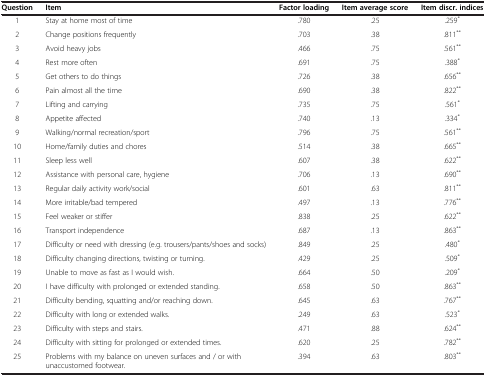
| Question | Item | Factor loading | Item average score | Item discr. indices |
 | --- | --- | --- | --- | --- |
 | 1 | Stay at home most of time | .780 | .25 | .259* |
 | 2 | Change positions frequently | .703 | .38 | .811** |
 | 3 | Avoid heavy jobs | .466 | .75 | .561** |
 | 4 | Rest more often | .691 | .75 | .388* |
 | 5 | Get others to do things | .726 | .38 | .656** |
 | 6 | Pain almost all the time | .690 | .38 | .822** |
 | 7 | Lifting and carrying | .735 | .75 | .561* |
 | 8 | Appetite affected | .740 | .13 | .334* |
 | 9 | Walking/normal recreation/sport | .796 | .75 | .561** |
 | 10 | Home/family duties and chores | .514 | .38 | .665** |
 | 11 | Sleep less well | .607 | .38 | .622** |
 | 12 | Assistance with personal care, hygiene | .706 | .13 | .690** |
 | 13 | Regular daily activity work/social | .601 | .63 | .811** |
 | 14 | More irritable/bad tempered | .497 | .13 | .776** |
 | 15 | Feel weaker or stiffer | .838 | .25 | .622** |
 | 16 | Transport independence | .687 | .13 | .863** |
 | 17 | Difficulty or need with dressing (e.g. trousers/pants/shoes and socks) | .849 | .25 | .480* |
 | 18 | Difficulty changing directions, twisting or turning. | .429 | .25 | .509* |
 | 19 | Unable to move as fast as I would wish. | .664 | .50 | .209* |
 | 20 | I have difficulty with prolonged or extended standing. | .658 | .50 | .863** |
 | 21 | Difficulty bending, squatting and/or reaching down. | .645 | .63 | .767** |
 | 22 | Difficulty with long or extended walks. | .249 | .63 | .523* |
 | 23 | Difficulty with steps and stairs. | .471 | .88 | .624** |
 | 24 | Difficulty with sitting for prolonged or extended times. | .620 | .25 | .782** |
 | 25 | Problems with my balance on uneven surfaces and / or with unaccustomed footwear. | .394 | .63 | .803** |